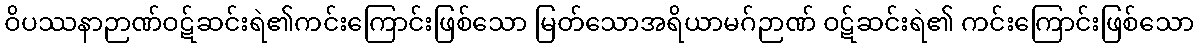
ဝိပဿနာဉာဏ်ဝဋ်ဆင်းရဲ၏ကင်းကြောင်းဖြစ်သော မြတ်သောအရိယာမဂ်ဉာဏ် ဝဋ်ဆင်းရဲ၏ ကင်းကြောင်းဖြစ်သော